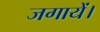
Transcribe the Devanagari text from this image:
जगायें।